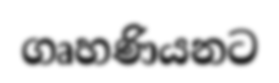
ගෘහණියනට